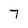
Character: 7